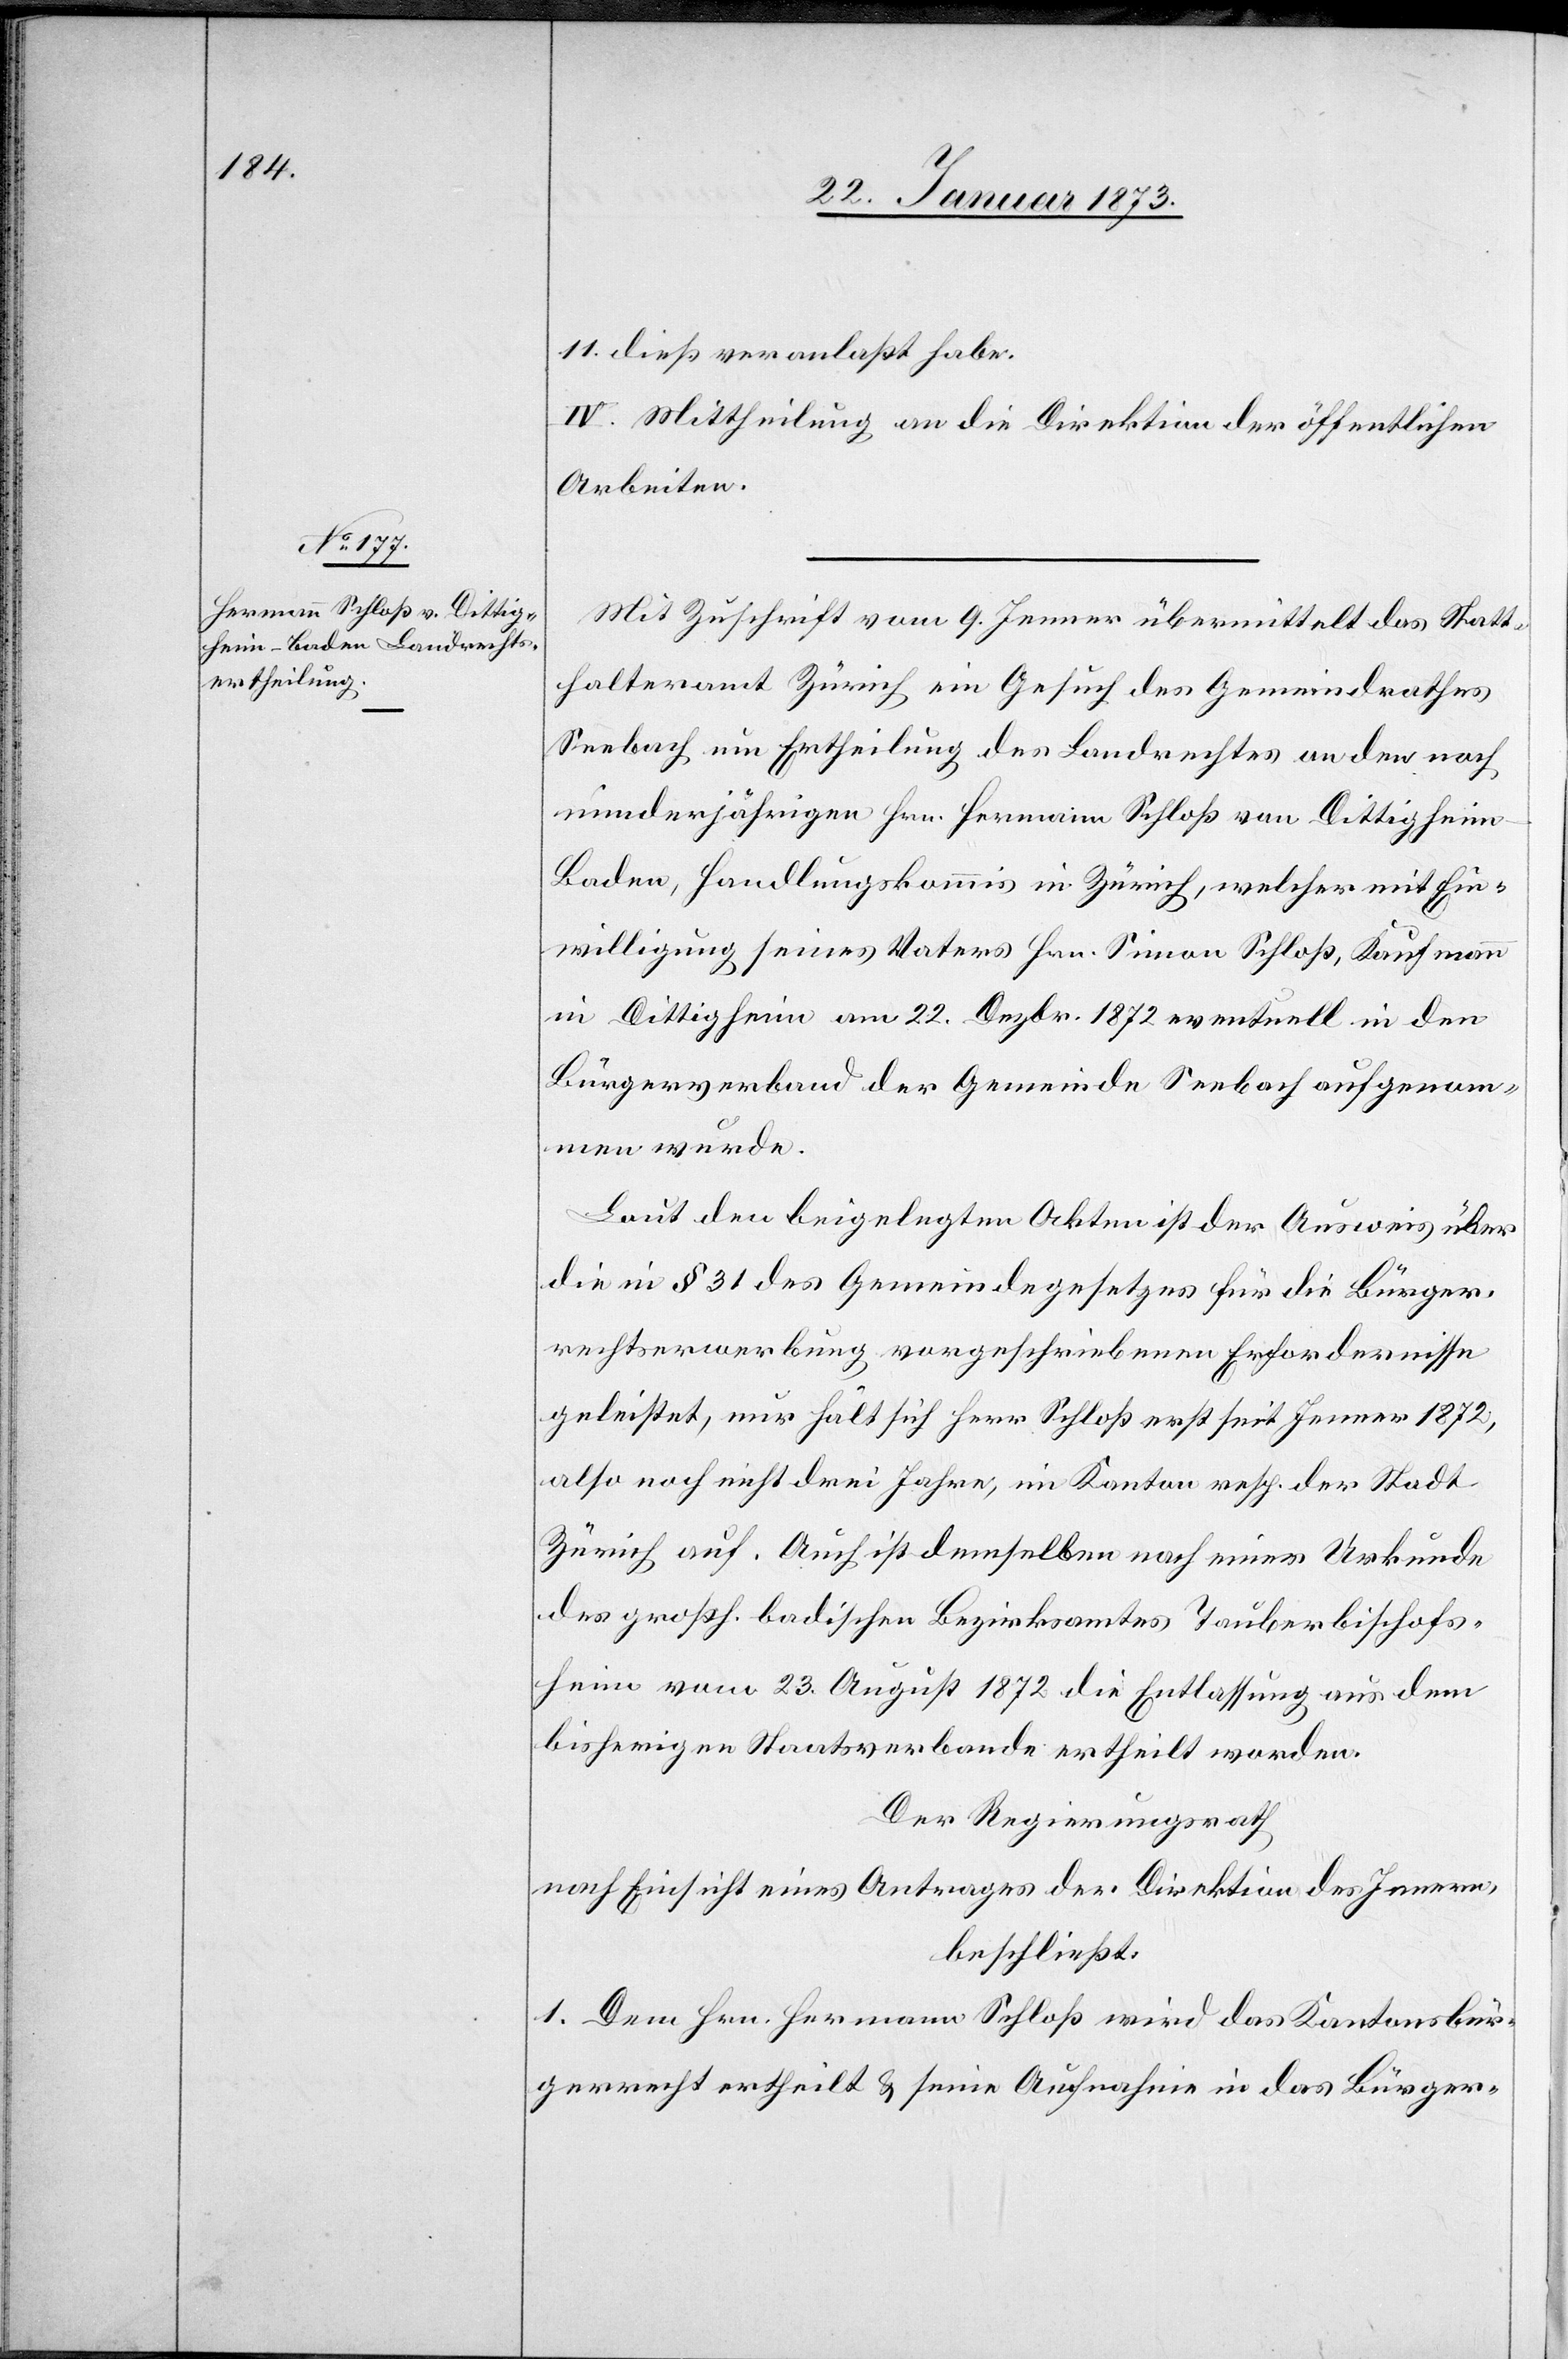
11. dieß veranlaßt habe.
IV. Mittheilung an die Direktion der öffentlichen
Arbeiten.
Mit Zuschrift vom 9. Jenner übermittelt das Statt¬
halteramt Zürich ein Gesuch des Gemeindrathes
Seebach um Ertheilung des Landrechtes an den noch
minderjährigen Hrn. Hermann Schloß von Dittighei¬
m-Baden, Handlungskommis in Zürich, welcher mit Ein¬
willigung seines Vaters Hrn. Simon Schloß, Kaufmann
in Dittigheim[,] am 22. Dezbr. 1872 eventuell in den
Bürgerverband der Gemeinde Seebach aufgenom¬
men wurde.
Laut den beigelegten Akten ist der Ausweis über
die in § 31 des Gemeindegesetzes für die Bürger¬
rechtserwerbung vorgeschriebenen Erfordernisse
geleistet, nur hält sich Herr Schloß erst seit Jenner 1872,
also noch nicht drei Jahre, im Kanton resp. der Stadt
Zürich auf. Auch ist demselben nach einer Urkunde
des großh. badischen Bezirksamtes Tauberbischofs¬
heim vom 23. August 1872 die Entlassung aus dem
bisherigen Staatsverbande ertheilt worden.
Der Regierungsrath,
nach Einsicht eines Antrages der Direktion des Innern,
beschließt:
1. Dem Hrn. Hermann Schloß wird das Kantonsbür¬
gerrecht ertheilt u. seine Aufnahme in das Bürger-